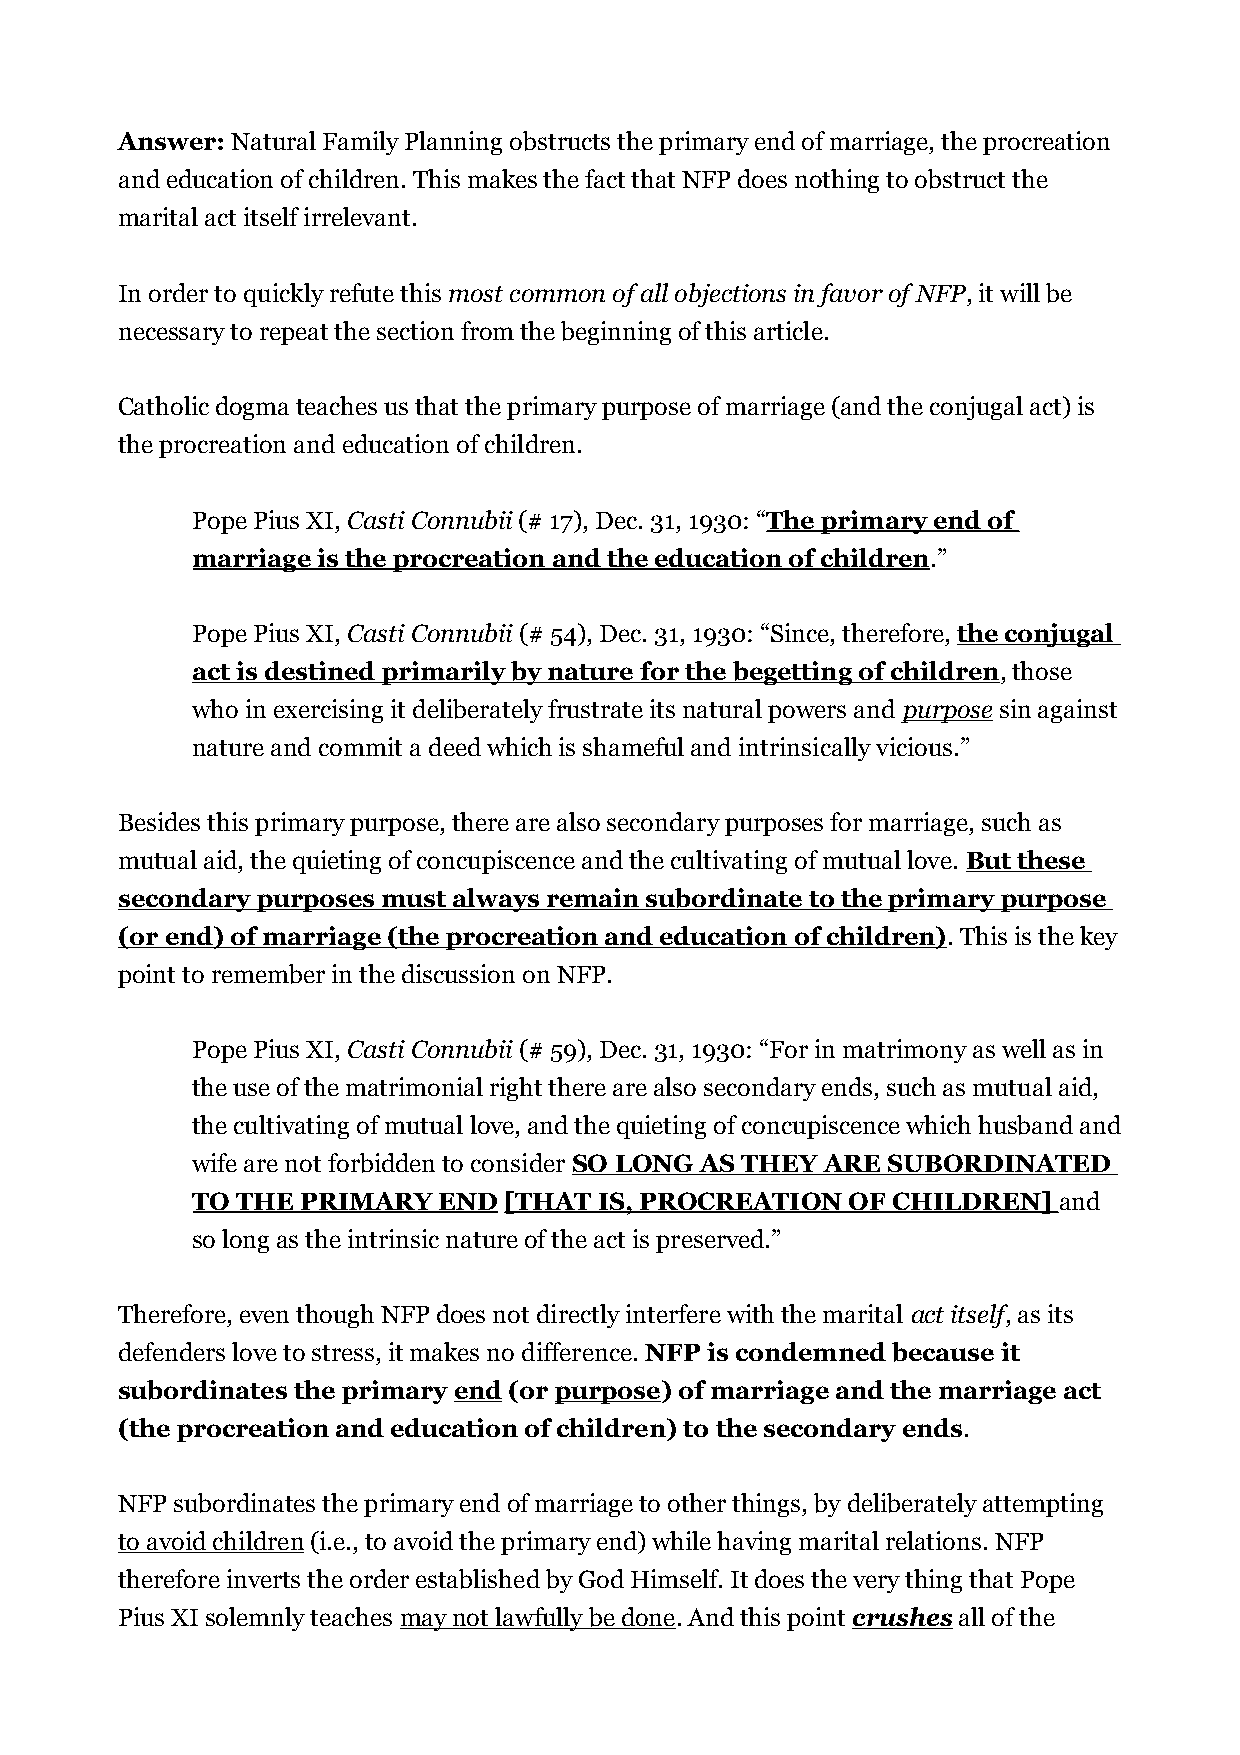
Answer: Natural Family Planning obstructs the primary end of marriage, the procreation
 and education of children. This makes the fact that NFP does nothing to obstruct the
 marital act itself irrelevant.
 In order to quickly refute this most common of all objections in favor of NFP, it will be
 necessary to repeat the section from the beginning of this article.
 Catholic dogma teaches us that the primary purpose of marriage (and the conjugal act) is
 the procreation and education of children.
 Pope Pius XI, Casti Connubii (# 17), Dec. 31, 1930: “The primary end of
 marriage is the procreation and the education of children.”
 Pope Pius XI, Casti Connubii (# 54), Dec. 31, 1930: “Since, therefore, the conjugal
 act is destined primarily by nature for the begetting of children, those
 who in exercising it deliberately frustrate its natural powers and purpose sin against
 nature and commit a deed which is shameful and intrinsically vicious.”
 Besides this primary purpose, there are also secondary purposes for marriage, such as
 mutual aid, the quieting of concupiscence and the cultivating of mutual love. But these
 secondary purposes must always remain subordinate to the primary purpose
 (or end) of marriage (the procreation and education of children). This is the key
 point to remember in the discussion on NFP.
 Pope Pius XI, Casti Connubii (# 59), Dec. 31, 1930: “For in matrimony as well as in
 the use of the matrimonial right there are also secondary ends, such as mutual aid,
 the cultivating of mutual love, and the quieting of concupiscence which husband and
 wife are not forbidden to consider SO LONG AS THEY ARE SUBORDINATED
 TO THE PRIMARY  END [THAT  IS, PROCREATION OF CHILDREN]  and
 so long as the intrinsic nature of the act is preserved.”
 Therefore, even though NFP does not directly interfere with the marital act itself, as its
 defenders love to stress, it makes no difference. NFP is condemned because it
 subordinates the primary end (or purpose) of marriage and the marriage act
 (the procreation and education of children) to the secondary ends.
 NFP subordinates the primary end of marriage to other things, by deliberately attempting
 to avoid children (i.e., to avoid the primary end) while having marital relations. NFP
 therefore inverts the order established by God Himself. It does the very thing that Pope
 Pius XI solemnly teaches may not lawfully be done. And this point crushes all of the